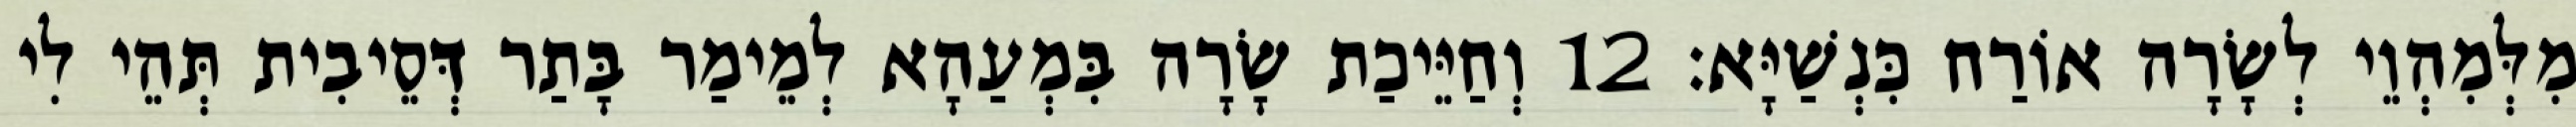
מִלְּמִהְוֵי לְשָׂרָה אוֹרַח כִּנְשַׁיָּא׃ 12 וְחַיֵּיכַת שָׂרָה בִּמְעַהָא לְמֵימַר בָּתַר דְּסֵיבִית תְּהֵי לִי